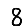
Digit: 8